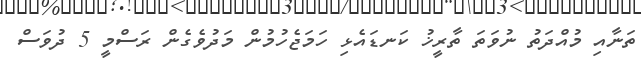
ތަނާއި މުއްދަތު ނުވަތަ ތާރީޚު ކަނޑައެޅި ހަމަޖެހުމުން މަދުވެގެން ރަސްމީ 5 ދުވަސް